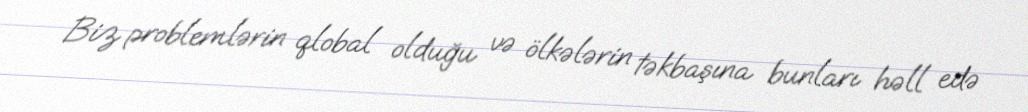
Biz problemlərin qlobal olduğu və ölkələrin təkbaşına bunları həll edə